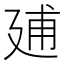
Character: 𢌠